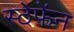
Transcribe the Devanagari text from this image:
स्ठेफेंन